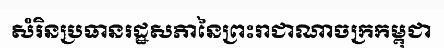
សំរិនប្រធានរដ្ឋសភានៃព្រះរាជាណាចក្រកម្ពុជា